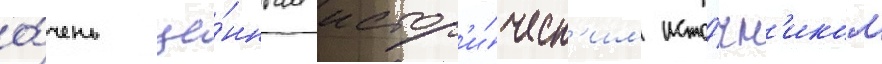
о́чень це́нным истор'и́ческ'им исто́чн'иком